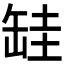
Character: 𦈰